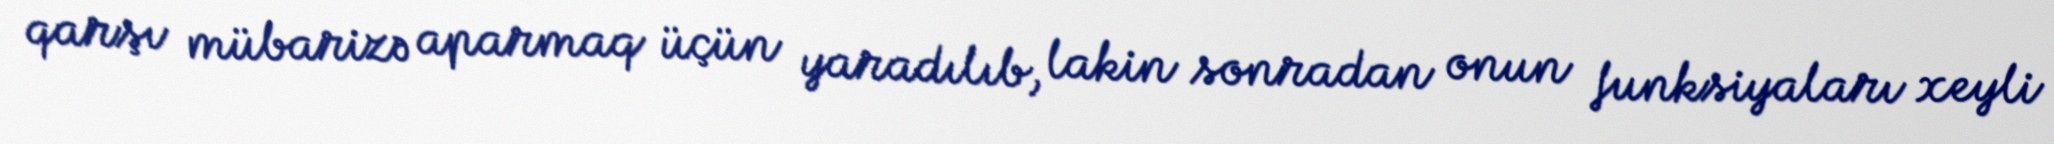
qarşı mübarizə aparmaq üçün yaradılıb, lakin sonradan onun funksiyaları xeyli